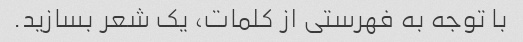
با توجه به فهرستی از کلمات، یک شعر بسازید.